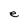
Character: e